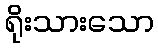
ရိုးသားသော